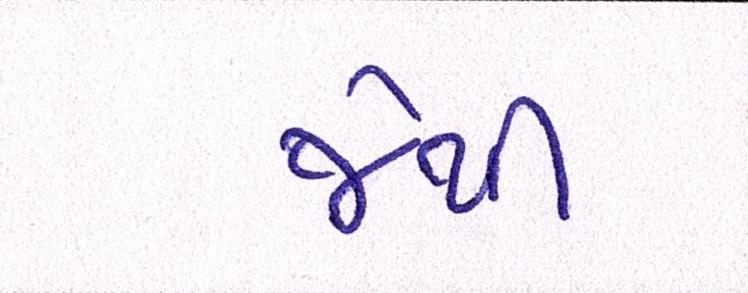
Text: જેથી